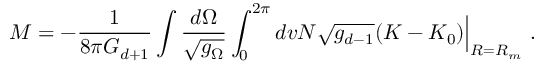
M = - \frac { 1 } { 8 \pi G _ { d + 1 } } \int \frac { d \Omega } { \sqrt { g _ { \Omega } } } \int _ { 0 } ^ { 2 \pi } d v N \sqrt { g _ { d - 1 } } ( K - K _ { 0 } ) \Big | _ { R = R _ { m } } \ .